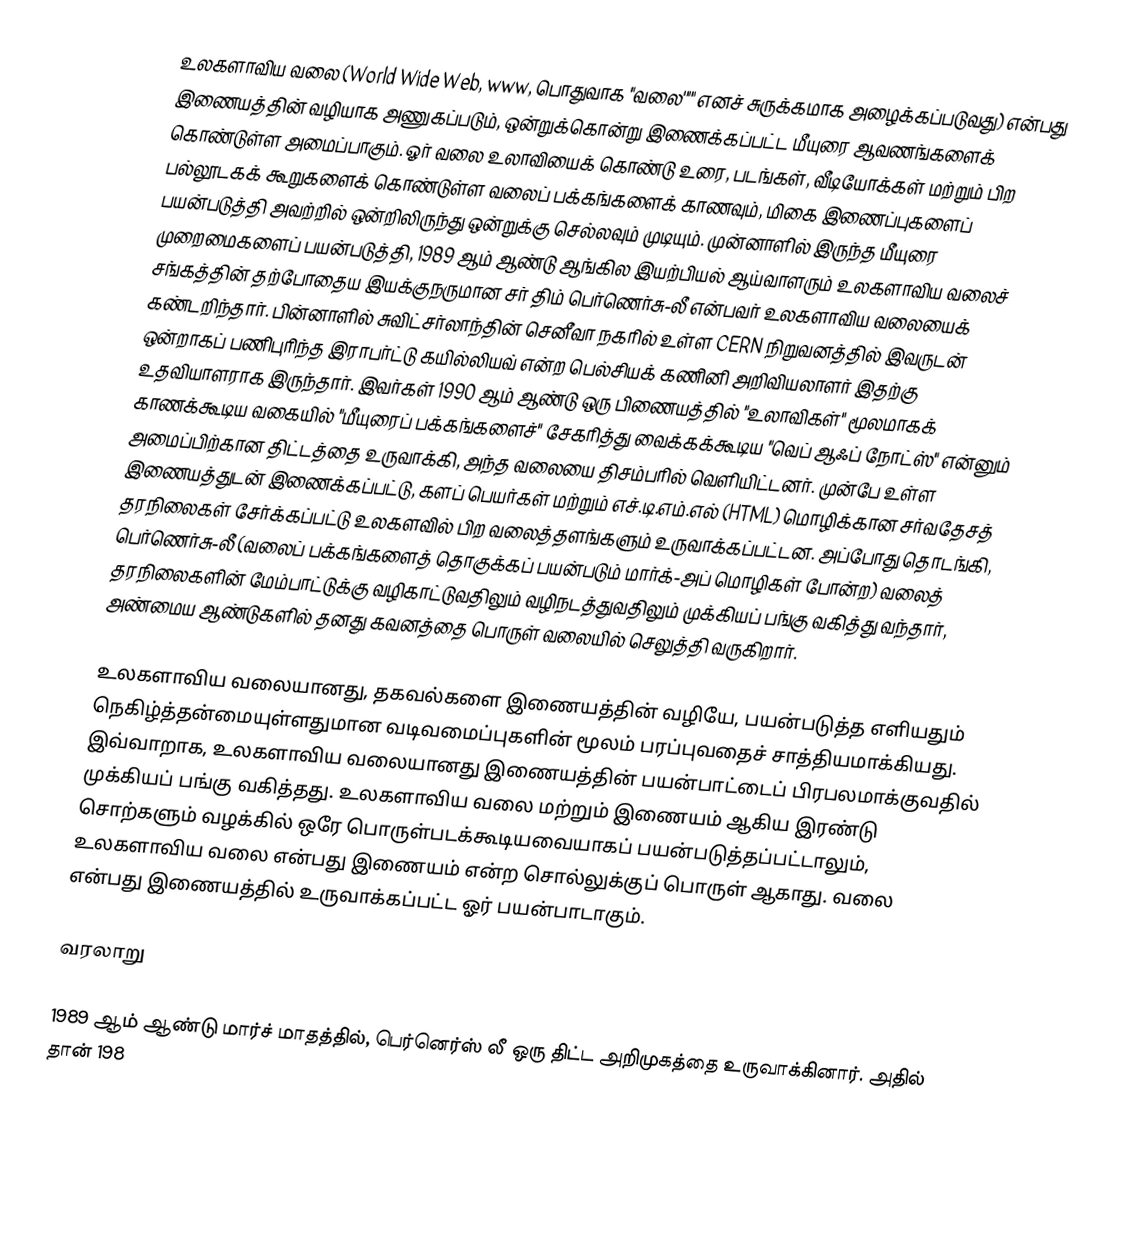
உலகளாவிய வலை (World Wide Web, www, பொதுவாக "வலை'''" எனச் சுருக்கமாக அழைக்கப்படுவது) என்பது இணையத்தின் வழியாக அணுகப்படும், ஒன்றுக்கொன்று இணைக்கப்பட்ட மீயுரை ஆவணங்களைக் கொண்டுள்ள அமைப்பாகும். ஓர் வலை உலாவியைக் கொண்டு உரை, படங்கள், வீடியோக்கள் மற்றும் பிற பல்லூடகக் கூறுகளைக் கொண்டுள்ள வலைப் பக்கங்களைக் காணவும், மிகை இணைப்புகளைப் பயன்படுத்தி அவற்றில் ஒன்றிலிருந்து ஒன்றுக்கு செல்லவும் முடியும். முன்னாளில் இருந்த மீயுரை முறைமைகளைப் பயன்படுத்தி, 1989 ஆம் ஆண்டு ஆங்கில இயற்பியல் ஆய்வாளரும் உலகளாவிய வலைச் சங்கத்தின் தற்போதைய இயக்குநருமான சர் திம் பெர்ணெர்சு-லீ என்பவர் உலகளாவிய வலையைக் கண்டறிந்தார். பின்னாளில் சுவிட்சர்லாந்தின் செனீவா நகரில் உள்ள CERN நிறுவனத்தில் இவருடன் ஒன்றாகப் பணிபுரிந்த இராபர்ட்டு கயில்லியவ் என்ற பெல்சியக் கணினி அறிவியலாளர் இதற்கு உதவியாளராக இருந்தார். இவர்கள் 1990 ஆம் ஆண்டு ஒரு பிணையத்தில் "உலாவிகள்" மூலமாகக் காணக்கூடிய வகையில் "மீயுரைப் பக்கங்களைச்" சேகரித்து வைக்கக்கூடிய "வெப் ஆஃப் நோட்ஸ்" என்னும் அமைப்பிற்கான திட்டத்தை உருவாக்கி, அந்த வலையை திசம்பரில் வெளியிட்டனர். முன்பே உள்ள இணையத்துடன் இணைக்கப்பட்டு, களப் பெயர்கள் மற்றும் எச்.டி.எம்.எல் (HTML) மொழிக்கான சர்வதேசத் தரநிலைகள் சேர்க்கப்பட்டு உலகளவில் பிற வலைத்தளங்களும் உருவாக்கப்பட்டன. அப்போது தொடங்கி, பெர்ணெர்சு-லீ (வலைப் பக்கங்களைத் தொகுக்கப் பயன்படும் மார்க்-அப் மொழிகள் போன்ற) வலைத் தரநிலைகளின் மேம்பாட்டுக்கு வழிகாட்டுவதிலும் வழிநடத்துவதிலும் முக்கியப் பங்கு வகித்து வந்தார், அண்மைய ஆண்டுகளில் தனது கவனத்தை பொருள் வலையில் செலுத்தி வருகிறார்.

உலகளாவிய வலையானது, தகவல்களை இணையத்தின் வழியே, பயன்படுத்த எளியதும் நெகிழ்த்தன்மையுள்ளதுமான வடிவமைப்புகளின் மூலம் பரப்புவதைச் சாத்தியமாக்கியது. இவ்வாறாக, உலகளாவிய வலையானது இணையத்தின் பயன்பாட்டைப் பிரபலமாக்குவதில் முக்கியப் பங்கு வகித்தது. உலகளாவிய வலை மற்றும் இணையம் ஆகிய இரண்டு சொற்களும் வழக்கில் ஒரே பொருள்படக்கூடியவையாகப் பயன்படுத்தப்பட்டாலும், உலகளாவிய வலை என்பது இணையம் என்ற சொல்லுக்குப் பொருள் ஆகாது. வலை என்பது இணையத்தில் உருவாக்கப்பட்ட ஓர் பயன்பாடாகும்.

 வரலாறு

1989 ஆம் ஆண்டு மார்ச் மாதத்தில், பெர்னெர்ஸ் லீ ஒரு திட்ட அறிமுகத்தை  உருவாக்கினார். அதில் தான் 198